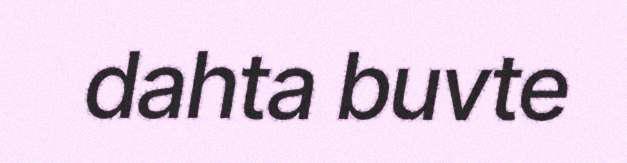
dahta buvte